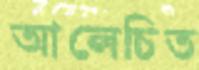
আলেচিত